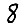
Digit: 8